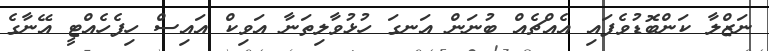
ނަޒްލާ ކަންބޮޑުވެފައި އެއްޗެއް ބުނަން އަނގަ ހުޅުވާލިތަނާ އަވިކް އައިސް ހިފެހެއްޓީ އޭނާގެ